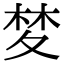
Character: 𭐧